King Institute of Preventive Medicine Bacteriolog. Section reports 1907-08
Year: 1907
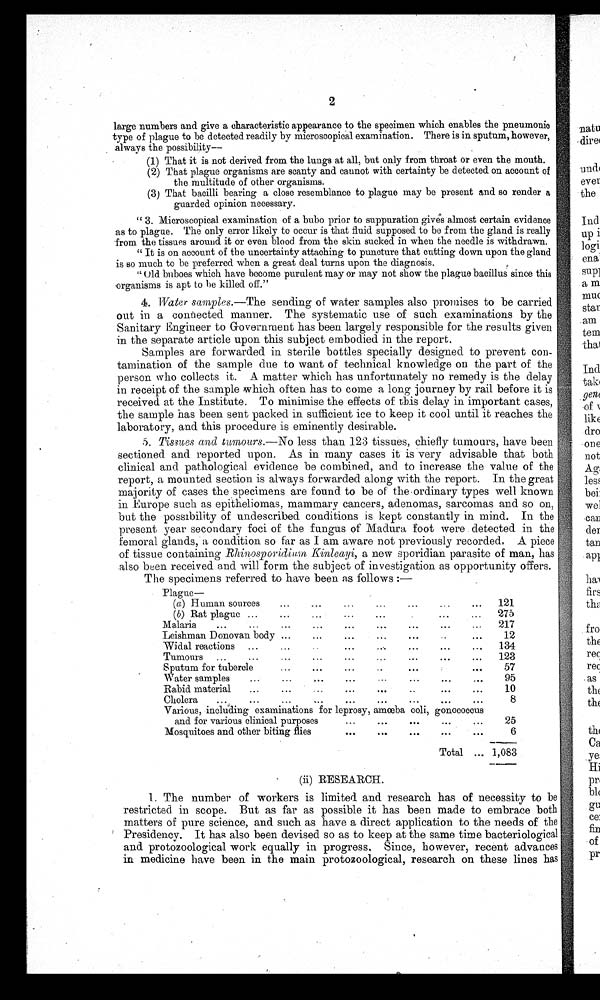
2
large numbers and give a characteristic appearance to the specimen which enables the pneumonic
type of plague to be detected readily by microscopical examination. There is in sputum, however,
always the possibility--
(1) That it is not derived from the lungs at all, but only from throat or even the mouth.
(2) That plague organisms are scanty and cannot with certainty be detected on account of
the multitude of other organisms.
(3) That bacilli bearing a close resemblance to plague may be present and. so render a
guarded opinion necessary.
" 3. Microscopical examination of a bubo prior to suppuration gives almost certain evidence
as to plague. The only error likely to occur is that fluid supposed to be from the gland is really
from the tissues around it or even blood from the skin sucked in when the needle is withdrawn.
" It is on account of the uncertainty attaching to puncture that cutting down upon the gland
is so much to be preferred when a great deal turns upon the diagnosis.
"Old buboes which have become purulent may or may not show the plague bacillus since this
organisms is apt to be killed off."
4. Water samples. —The sending of water samples also promises to be carried
out in a connected manner. The systematic use of such examinations by the
Sanitary Engineer to Government has been largely responsible for the results given
in the separate article upon this subject embodied in the report.
Samples are forwarded in sterile bottles specially designed to prevent con-
tamination of the sample due to want of technical knowledge on the part of the
person who collects it. A matter which has unfortunately no remedy is the delay
in receipt of the sample which often has to come a long journey by rail before it is
received at the Institute. To minimise the effects of this delay in important cases,
the sample has been sent packed in sufficient ice to keep it cool until it reaches the
laboratory, and this procedure is eminently desirable.
5. Tissues and tumours.—No less than 123 tissues, chiefly tumours, have been
sectioned and reported upon. As in many cases it is very advisable that both
clinical and pathological evidence be combined, and to increase the value of the
report, a mounted section is always forwarded along with the report. In the great
majority of cases the specimens are found to be of the ordinary types well known
in Europe such as epitheliomas, mammary cancers, adenomas, sarcomas and so on,
but the possibility of undescribed conditions is kept constantly in mind. In the
present year secondary foci of the fungus of Madura foot were . detected in the
femoral glands, a condition so far as I am aware not previously recorded, A piece
of tissue containing Rhinosporidium Kinleayi, a new sporidian parasite of man, has
.also been received and will form the subject of investigation as opportunity offers.
The specimens referred to have been as follows :—
Plague—
(a) Human sources
...
...
(b) Rat plague ...
...
...
Malaria
...
...
...
...
...
Leishman Donovan body ...
...
...
Widal reactions
...
...
...
Tumours ...
...
...
...
...
...
. . .
. . . . .
...
...
...
...
...
...
...
...
...
...
...
121
275
217
12
134
123
Sputum for tubercle
...
...
..
...
57
Water samples
•••
,..
95
Rabid material
...
...
_ .
...
...
..
...
10
Cholera
8
Various, including examinations for leprosy, amoeba coli, gonococcus
and for various clinical purposes
25
Mosquitoes and other biting flies
•••
•••
6
Total ... 1,083
•
(ii) RESEARCH.
1. The number of workers is limited and research has of necessity to be
restricted in scope. But as far as possible it has been made to embrace both
matters of pure science, and such as have a direct application to the needs of the
' Presidency. It has also been devised so as to keep at the same time bacteriological
and protozoological work equally in progress. Since, however, recent advances
in medicine have been in the main protozoological, research on these lines has